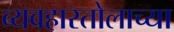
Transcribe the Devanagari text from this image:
व्यवहारतोलाच्या